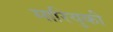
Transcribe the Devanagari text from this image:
मारियुकी